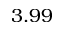
3 . 9 9